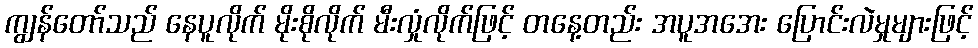
ကျွန်တော်သည် နေပူလိုက် မိုးစိုလိုက် မီးလှုံလိုက်ဖြင့် တနေ့တည်း အပူအအေး ပြောင်းလဲမှုများဖြင့်